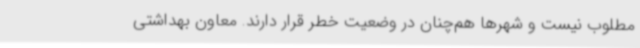
مطلوب نیست و شهرها هم‌چنان در وضعیت خطر قرار دارند. معاون بهداشتی